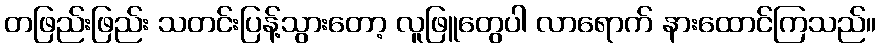
တဖြည်းဖြည်း သတင်းပြန့်သွားတော့ လူဖြူတွေပါ လာရောက် နားထောင်ကြသည်။